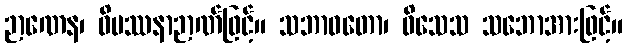
ဉာဏေန၊ ဝိပဿနာဉာဏ်ဖြင့်။ သဘာဝတော၊ ဝိသေသ သဘောအားဖြင့်။